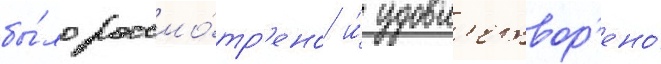
бы́ло рассмо́тр'ено и́ удовл'етвор'ено́